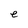
Character: e